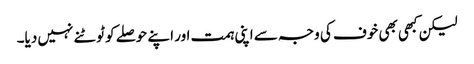
لیکن کبھی بھی خوف کی وجہ سے اپنی ہمت اور اپنے حوصلے کو ٹوٹنے نہیں دیا۔